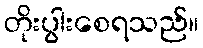
တိုးပွါးစေရသည်။